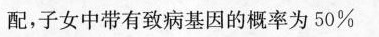
配，子女中带有致病基因的概率为50%